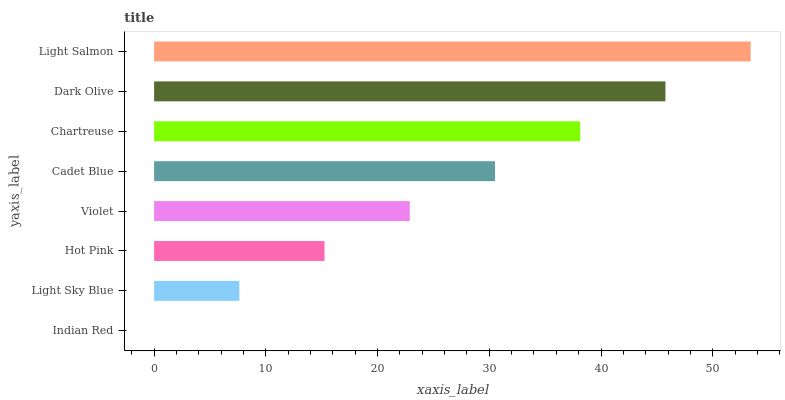
| yaxis_label | bars |
 | --- | --- |
 | Indian Red | 0 |
 | Light Sky Blue | 7.63 |
 | Hot Pink | 15.3 |
 | Violet | 22.9 |
 | Cadet Blue | 30.5 |
 | Chartreuse | 38.1 |
 | Dark Olive | 45.8 |
 | Light Salmon | 53.4 |